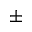
\pm